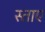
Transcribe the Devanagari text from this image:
स्ताए